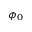
\phi _ { 0 }